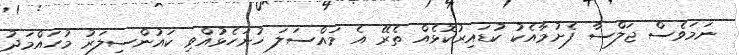
ނަމަވެސް ޖަލްސާ ފެށުމާއެކު ކުޑައިރުކޮޅެއް ތެރޭ އެ މައްސަލަ ހުށަހެޅުއްވި ކައުންސިލަރު މުހައްމަދު